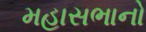
મહાસભાનો